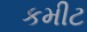
કમીટ